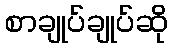
စာချုပ်ချုပ်ဆို